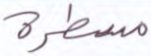
مسطرة